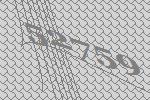
52759